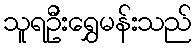
သူရဦးရွှေမန်းသည်